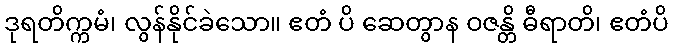
ဒုရတိက္ကမံ၊ လွန်နိုင်ခဲသော။ ဧတံ ပိ ဆေတွာန ဝဇန္တိ ဓီရာတိ၊ ဧတံပိ